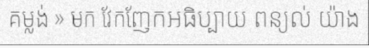
គម្លង់ » មក វែកញែកអធិប្បាយ ពន្យល់ យ៉ាង